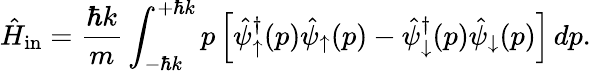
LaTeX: \hat{H}_{\mathrm{in}}=\frac{\hbar k}{m}\int_{-\hbar k}^{+\hbar k}p\left[\hat{\psi}_{\uparrow}^{\dagger}(p)\hat{\psi}_{\uparrow}(p)-\hat{\psi}_{\downarrow}^{\dagger}(p)\hat{\psi}_{\downarrow}(p)\right]\, dp.